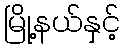
မြို့နယ်နှင့်